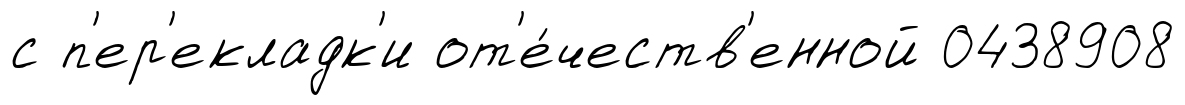
с п'ер'екладк'и от'е́честв'енной 0438908